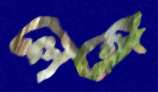
লেঙ্গে